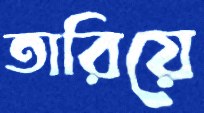
তারিয়ে